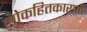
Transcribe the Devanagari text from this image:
लोकहितकारणी